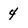
Character: 4